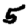
Digit: 5